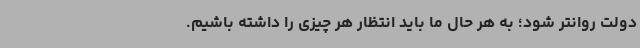
دولت روانتر شود؛ به هر حال ما باید انتظار هر چیزی را داشته باشیم.